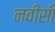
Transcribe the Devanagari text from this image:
नवीसी